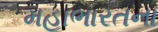
મહાભારતના